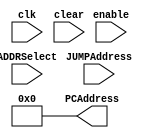
/* 
	Mert KELKT - 150115013
	Furkan NAKIP - 150115032
*/
module PCAddressRegister(
clk,
enable,
clear,
ADDRSelect,
JUMPAddress,
PCAddress
);

input clk;						// clock
input enable;					// enable pin of PC register
input clear;					// clear pin of PC register
input ADDRSelect;				// Address selection signal for adding to the PC. If it's 1, JUMPAddress will be added, else 1 will be added to PC.
input [11:0] JUMPAddress;		// Jump address coming from control unit
output reg [11:0] PCAddress;	// new PC value

wire [11:0] nextAddress;		// wire for calculating new PC

initial begin
PCAddress = 12'h000;			// initial PC value is 0
end

parameter cons = 12'h001;		

// calculate next PC address
assign nextAddress = (ADDRSelect) ? PCAddress + JUMPAddress : PCAddress + cons;

// PCAddress register is trigerred on fall edge
always @ (negedge clk)
begin
	PCAddress = nextAddress;
end
// If PC register needs to be clean
always @ (clear)
begin
	if(clear) begin
	PCAddress = 0;
	end
end
endmodule